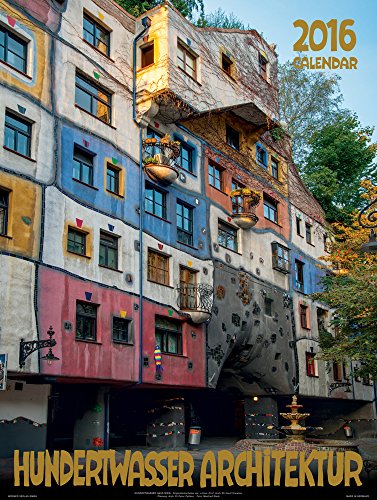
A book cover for Large Hundertwasser Architecture Calendar 2016; Calendars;